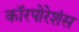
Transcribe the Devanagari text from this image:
कॉरपोरेशंस